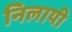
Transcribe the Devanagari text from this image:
निलायी